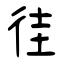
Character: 徍